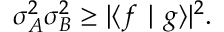
\sigma _ { A } ^ { 2 } \sigma _ { B } ^ { 2 } \geq | \langle f \mid g \rangle | ^ { 2 } .